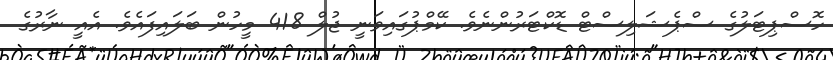
ހޮސްޕިޓަލުގެ ސްޕެޝަލިސްޓް ޑޮކްޓަރުންނެވެ. ކޭމްޕުގައިވަނީ ޖުލް 418 މީހުން ބަލައިފައެވެ. އެއީ ނާރުގެ